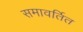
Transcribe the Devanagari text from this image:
समावर्तित